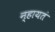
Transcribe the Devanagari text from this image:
न्हायतं